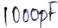
Text: 1000pF